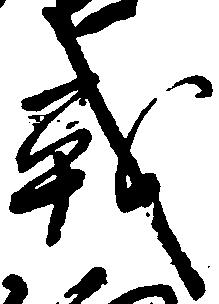
戦